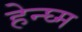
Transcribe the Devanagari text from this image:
हेन्घ्म